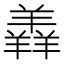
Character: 羴